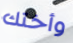
وأختك